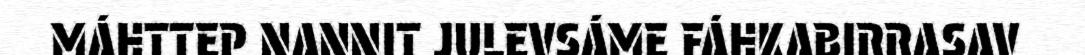
MÁHTTEP NANNIT JULEVSÁME FÁHKABIRRASAV